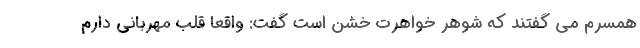
همسرم می گفتند که شوهر خواهرت خشن است گفت: واقعا قلب مهربانی دارم